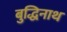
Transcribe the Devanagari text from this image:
बुद्धिनाथ